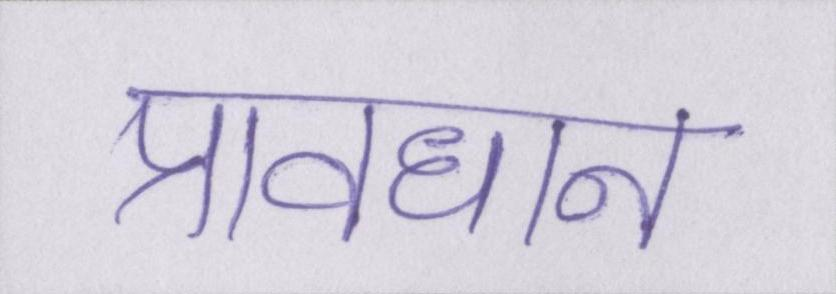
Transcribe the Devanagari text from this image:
प्रावधान